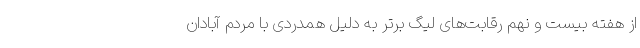
از هفته بیست و نهم رقابت‌های لیگ برتر به دلیل همدردی با مردم آبادان